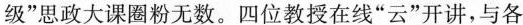
级”思政大课圈粉无数。四位教授在线”云”开讲，与各